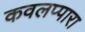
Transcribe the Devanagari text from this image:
कवलप्पारा